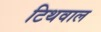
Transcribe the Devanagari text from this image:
टिथवाल